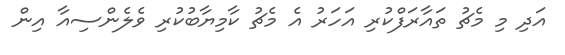
އަދި މި މެޗު ތައާރަފްކުރި އަހަރު އެ މެޗު ކާމިޔާބުކުރި ވެލެންސިއާ އިން